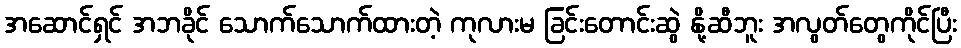
အဆောင်ရှင် အဘခိုင် သောက်သောက်ထားတဲ့ ကုလားမ ခြင်းတောင်းဆွဲ နို့ဆီဘူး အလွတ်တွေကိုင်ပြီး